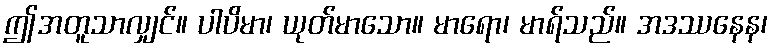
ဤအတူသာလျှင်။ ပါပိမာ၊ ယုတ်မာသော။ မာရော၊ မာရ်သည်။ အဒဿနေန၊